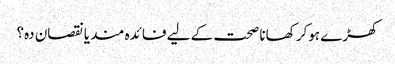
کھڑے ہوکر کھانا صحت کے لیے فائدہ مند یانقصان دہ؟